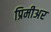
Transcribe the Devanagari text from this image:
प्रिमीअर